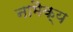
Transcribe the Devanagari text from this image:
नामैक्य